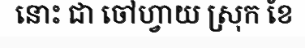
នោះ ជា ចៅហ្វាយ ស្រុក ខែ